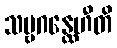
သဗ္ဗဂန္ထေဟီတိ